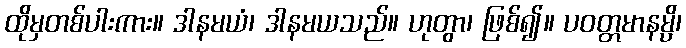
ထိုမှတစ်ပါးကား။ ဒါနမယံ၊ ဒါနမယသည်။ ဟုတွာ၊ ဖြစ်၍။ ပဝတ္တမာနမ္ပိ၊